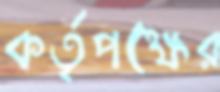
কর্তৃপক্ষের